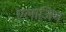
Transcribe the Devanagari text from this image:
एलाज़िग